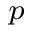
\l _ { p }